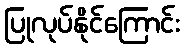
ပြုလုပ်နိုင်ကြောင်း